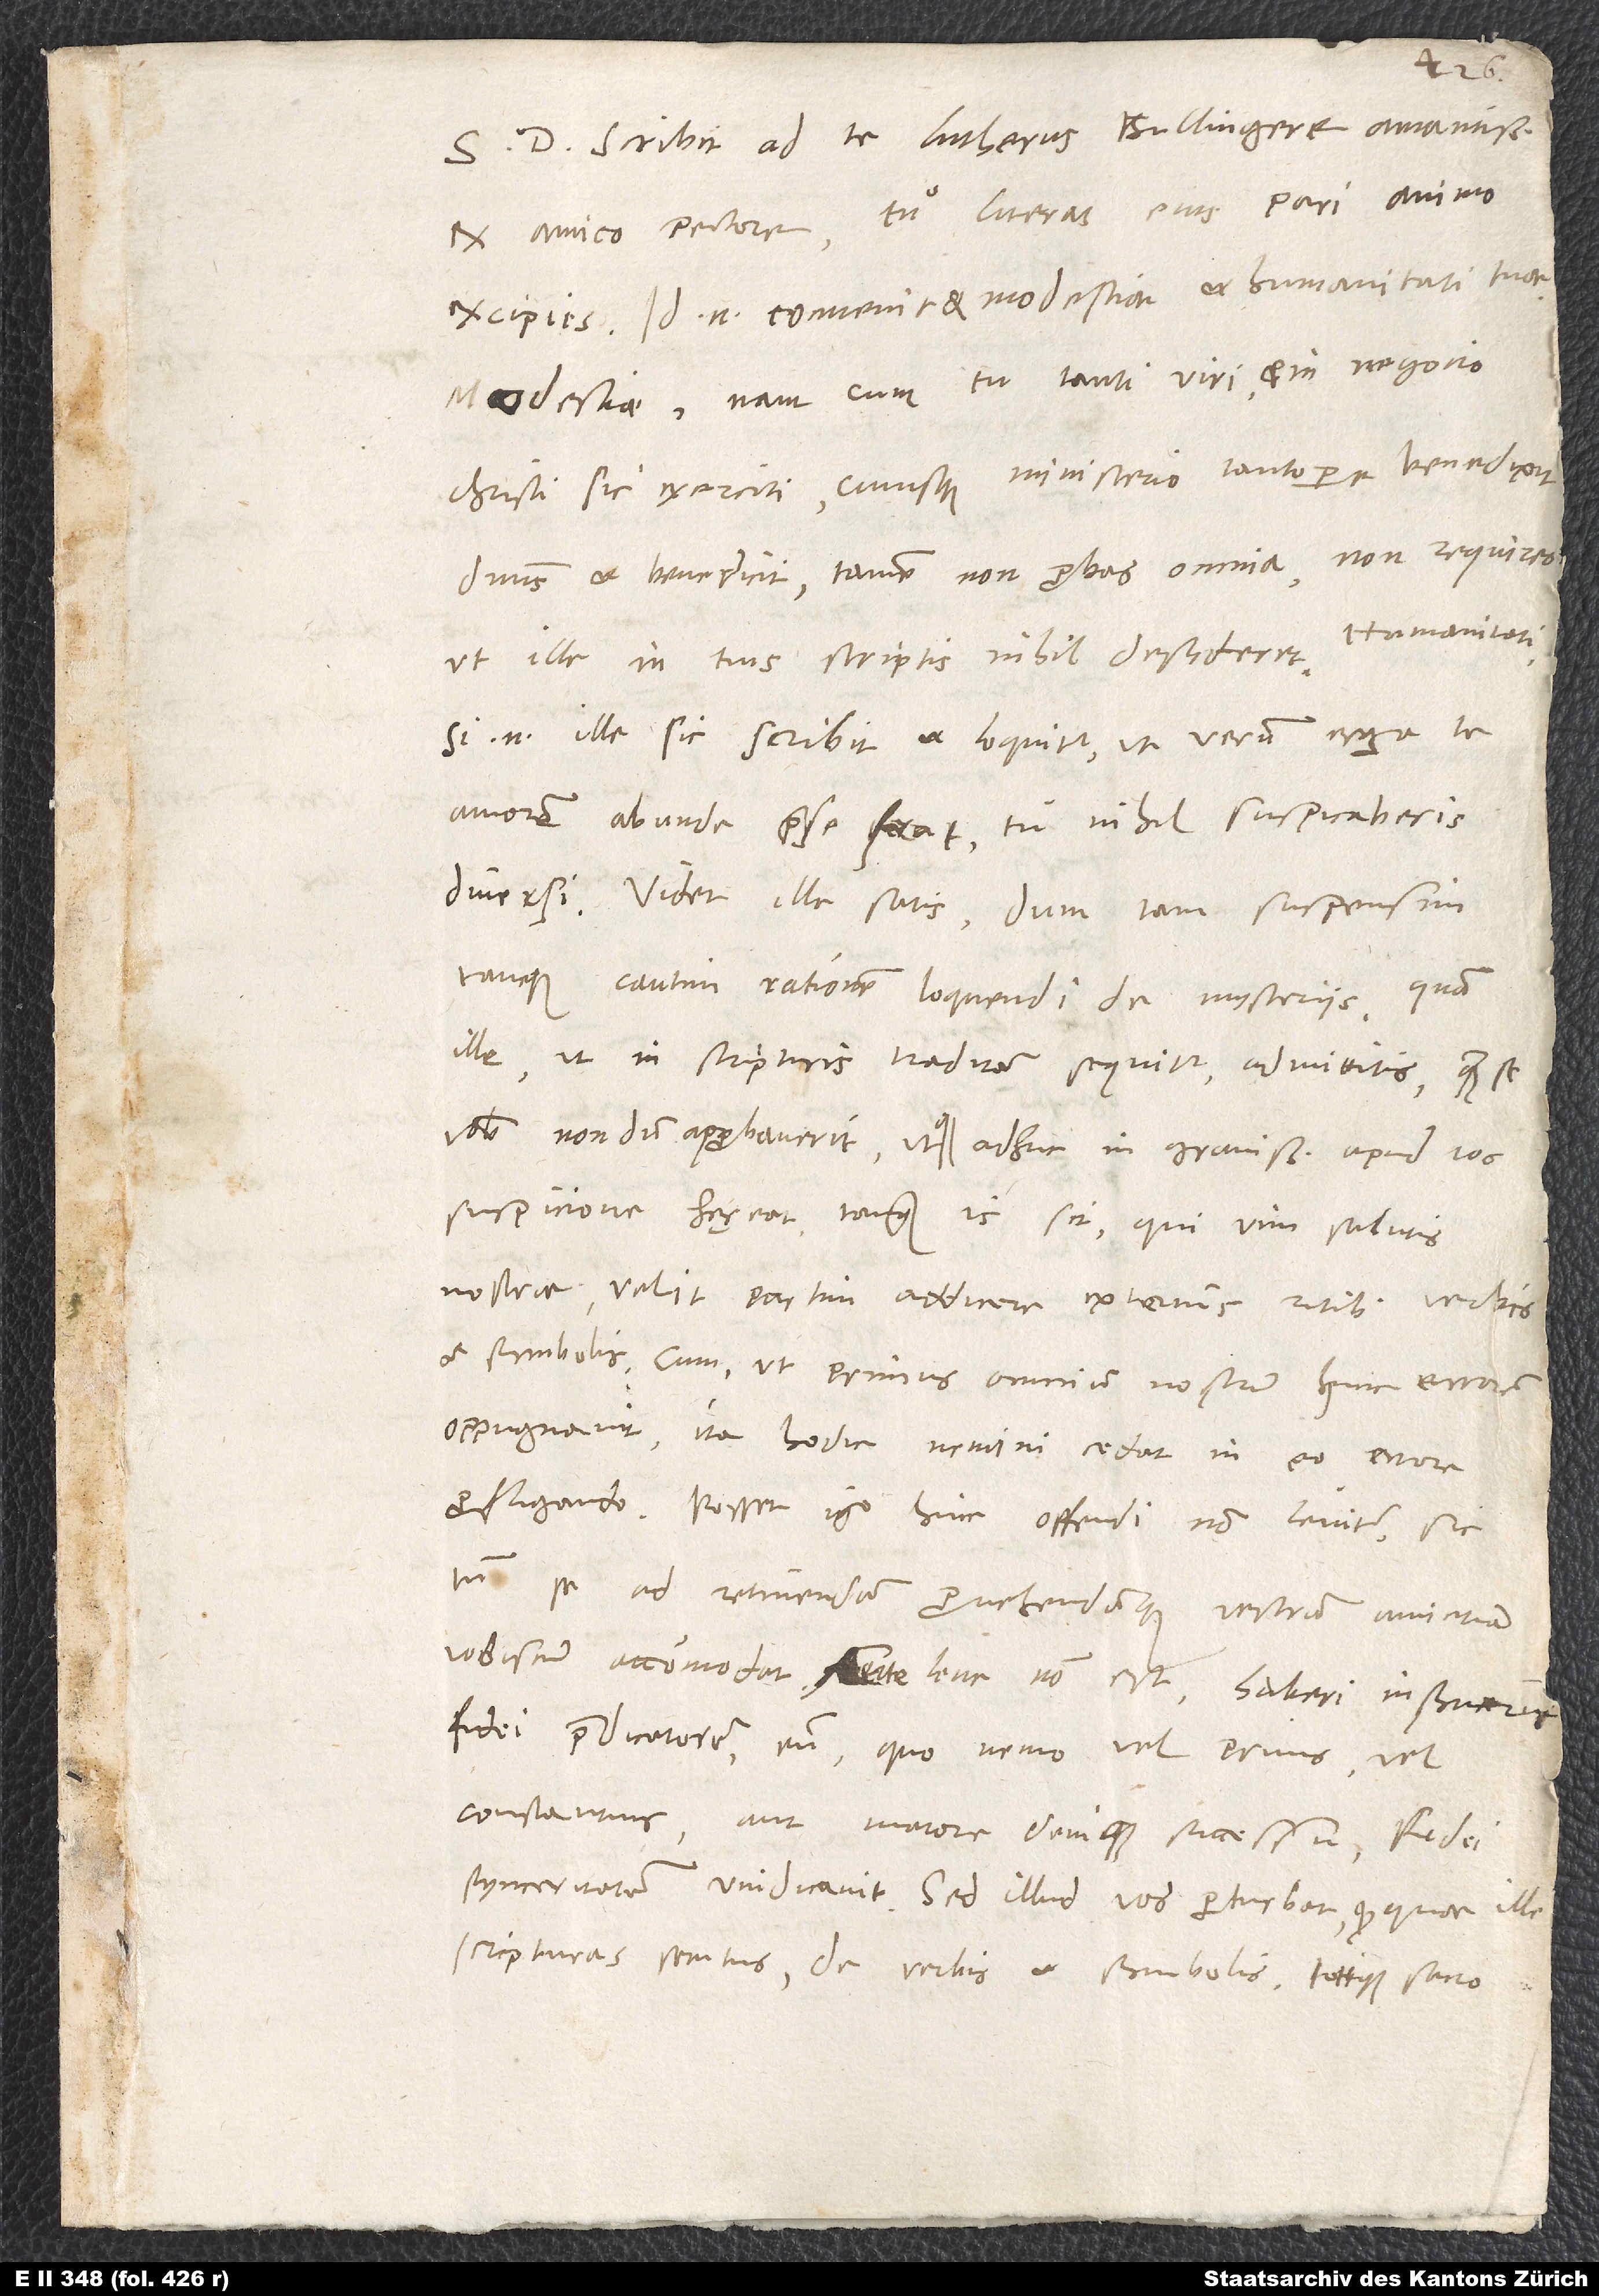
S. Scribit ad te Lutherus, Bullingere amantissime,
ex amico pectore. Tu literas eius pari animo
excipies; id enim convenit et modestiae et humanitati tuae.
Modestiae; nam cum tu tanti viri et in negocio
Christi sic exerciti cuiusque ministerio tantopere benedixit
dominus et benedicit, tamen non probas omnia, non requires,
ut ille in tuis scriptis nihil desyderet. Humanitati;
si enim ille sic scribit et loquitur, ut verum erga te
amorem abunde prae se ferat, tu nihil suspicaberis
diversi. Videt ille satis, dum tam suspensim
tamque cautim rationem loquendi de mysteriis, quam
ille ut in scripturis traditam sequitur, admittitis, quam se
vobis nondum approbaverit utque adhuc in gravissima apud vos
suspicione hęreat, tanquam is sit, qui vim salutis
nostrae velit partim addicere externis ritibus, verbis
et symbolis, cum, ut primus omnium nostrum hunc errorem
oppugnavit, ita hodie nemini cedat in eo errore
profligando. Posset igitur hinc offendi non leviter; sic
tamen se ad retinendam provehendamque vestram amicitiam
fidei praedicatorem eum, quo nemo vel prius vel
constantius aut maiore denique successu fidei
scripturas secutus de verbis et symbolis totoque sacro